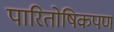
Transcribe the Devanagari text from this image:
पारितोषिकपण